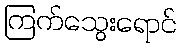
ကြက်သွေးရောင်